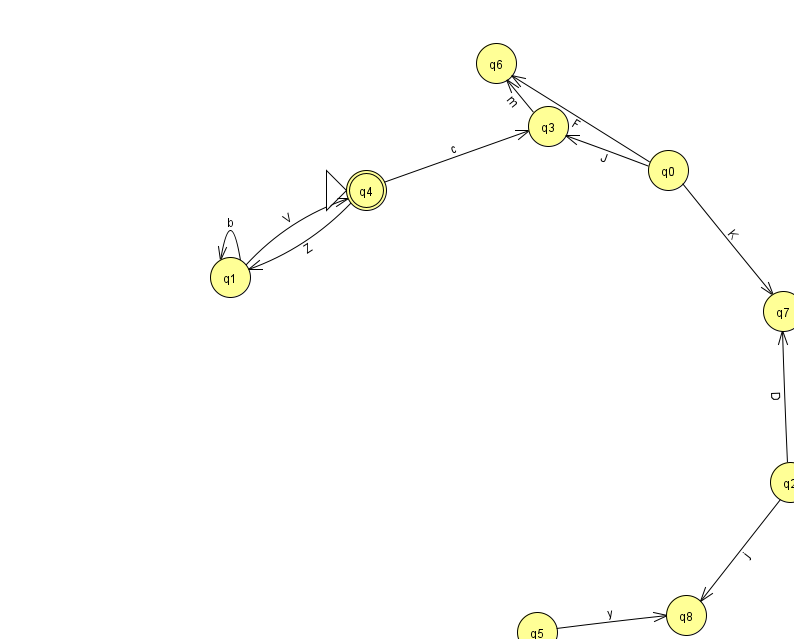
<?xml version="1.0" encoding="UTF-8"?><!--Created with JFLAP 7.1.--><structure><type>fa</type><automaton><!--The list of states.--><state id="0" name="q0"><x>668.0</x><y>157.0</y></state><state id="1" name="q1"><x>230.0</x><y>264.0</y></state><state id="2" name="q2"><x>790.0</x><y>469.0</y></state><state id="3" name="q3"><x>548.0</x><y>113.0</y></state><state id="4" name="q4"><x>366.0</x><y>177.0</y><initial/><final/></state><state id="5" name="q5"><x>537.0</x><y>619.0</y></state><state id="6" name="q6"><x>496.0</x><y>50.0</y></state><state id="7" name="q7"><x>783.0</x><y>298.0</y></state><state id="8" name="q8"><x>686.0</x><y>602.0</y></state><!--The list of transitions.--><transition><from>0</from><to>6</to><read>F</read></transition><transition><from>1</from><to>1</to><read>b</read></transition><transition><from>2</from><to>8</to><read>j</read></transition><transition><from>0</from><to>7</to><read>K</read></transition><transition><from>4</from><to>1</to><read>Z</read></transition><transition><from>4</from><to>3</to><read>c</read></transition><transition><from>0</from><to>3</to><read>J</read></transition><transition><from>3</from><to>6</to><read>m</read></transition><transition><from>5</from><to>8</to><read>y</read></transition><transition><from>1</from><to>4</to><read>V</read></transition><transition><from>2</from><to>7</to><read>D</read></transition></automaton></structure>